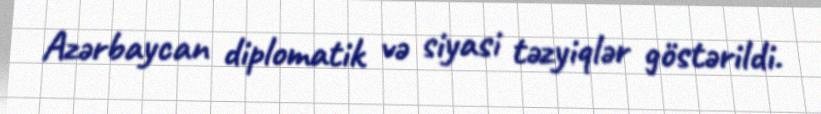
Azərbaycan diplomatik və siyasi təzyiqlər göstərildi.